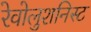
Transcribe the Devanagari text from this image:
रेवोलुशनिस्ट